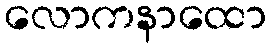
လောကနာထော